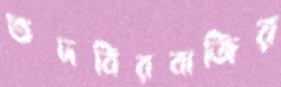
তদবিরবাজির